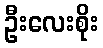
ဦးလေးစိုး